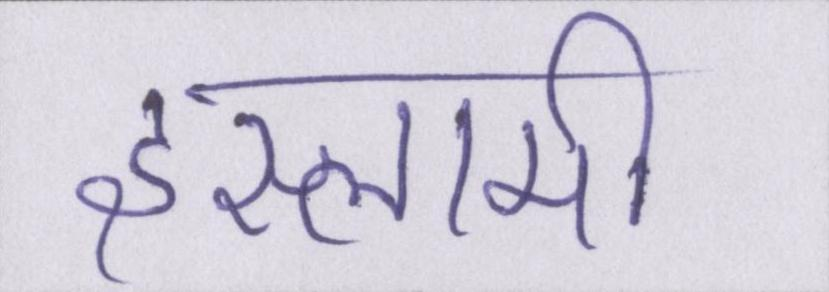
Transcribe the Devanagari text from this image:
इस्लामी